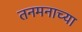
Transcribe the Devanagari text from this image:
तनमनाच्या